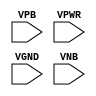
module sky130_fd_sc_hdll__tapvgnd2 (
    //# {{power|Power}}
    input VPB ,
    input VPWR,
    input VGND,
    input VNB
);
endmodule